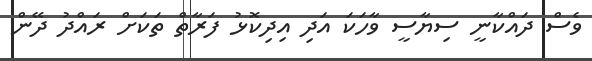
ވެސް ދައްކާނީ ސިޔާސީ ވާހަކަ އަދި އިދިކޮޅު ފަރާތް ތަކަށް ރައްދު ދޭން